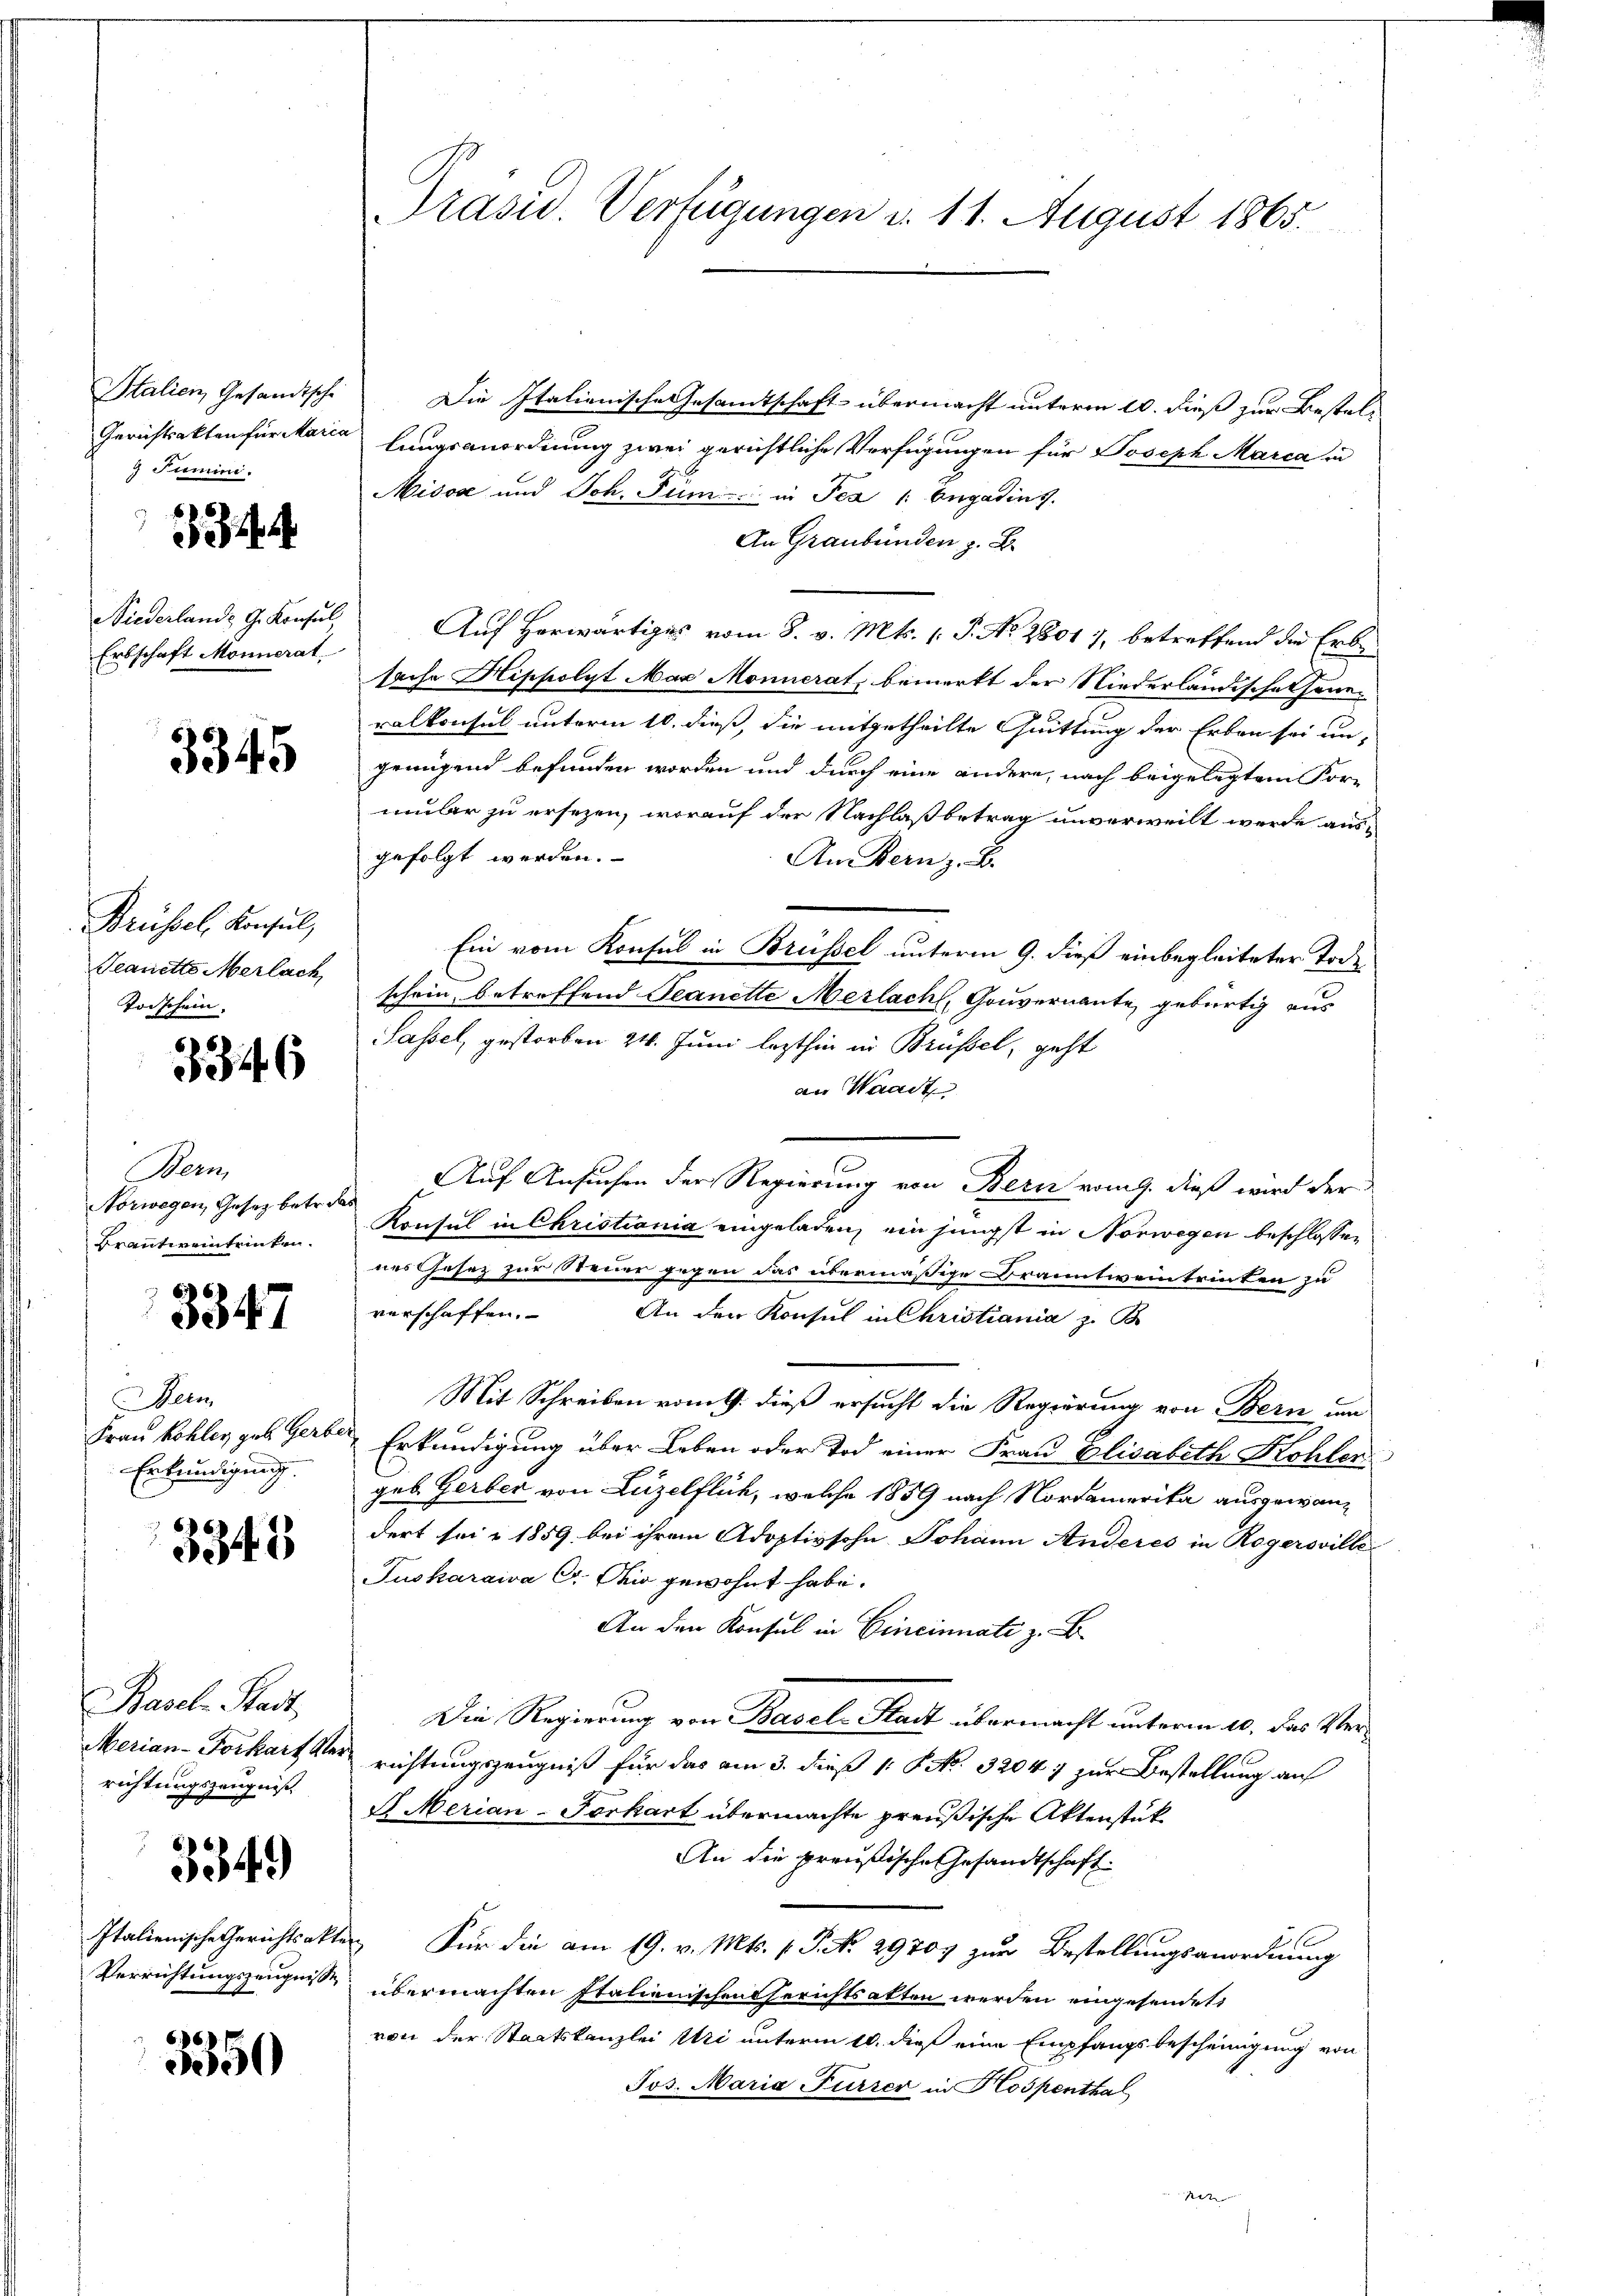
Italien, Gesandtsche
Gerichtsakten für Maria
g Pumin.

Niederlande G. Konsul
Erbschaft Monnerat.

3345

Brüssel, Konsul,
Teanette Merlach
Toischein.

3346

Bern,
Norwegen, Gesetz betret
Branntweintrinken.

3347

Nein
Frau Kohler geb. Gers
Erkundigung.

3343

Basel-Stadt
Merian-Forkart Verrichtungszeugniß

354)

Italienische Gerichtsakt
Verrichtungszeugnisse

3350

Präsid Verfügungen d. 11. August 1865.

Die Italienische Gesamtschaft übermacht unterm 10. dieß zur Bestellungsanordnung zwei gerichtliche Verfügungen für Joseph Marca in
Misos und Joh. Füm. in Tea /: Engadins.
An Graubünden z. B.
Auf Herwärtiges vom 8. v. Mts. (T. No. 28017, betreffend die Erbsache Hippolyt Mag Monnerat, bemerkt der Niederländischeheneralkonsul unterm 10. dieß, die mitgetheilte Quittung der Erben sei un-
genügend befunden worden und durch eine andere, nach beigelegtem For-
mmler zu ersezen, worauf der Nachlaßbetrag unverweilt werde ausgefolgt werden.
An Bern z. B.
Ein vom Konsul in Brüssel unterm 9. dieß einbegleiteter Tode
schein, betreffend Seanette Merlach, Gouvernante, gebürtig aus
Sassel, gestorben 24. Juni lezthin in Brüssel, geht
an Waadt
Auf Ansuchen der Regierung von Bern vom 9. dieß wird der
Konsul in Christiania eingeladen, ein jüngst in Norwegen beschlossen
nes Gesez zur Steuer gegen das übermäßige Branntweintrinken zu
verschaffen.
An den Konsul in Christiania z. B.
Mit Schreiben vom 9. dieß ersucht die Regierung von Bern un
Erkundigung über Leben oder Tod einer Frau Elisabeth Kohlen
geb. Gerber von Luzelflich, welche 1859 nach Nordamerika ausgewandert sei u. 1859 bei ihrem Adoptivsohn Johann Anderes in Rogersville
Tuskaraiva C. Die gewohnt habe.
An den Konsul in Cincinnate z. B.
Die Regierung von Basel-Stadt übermacht unterm 10. das Verrichtungszeugniß für das am 3. dieß 1. No. 32047 zur Bestellung auf
J. Merian-Forkart übermachte preußische Aktenstük
An die preußische Gesandtschaft.
1
 Für die am 19. v. Mts. v. P. No. 29707 zur Bestellungsanordnung
übermachten Italienischensgerichtsalten werden eingesendet,
von der Staatskanzlei Uri unterm 10. dieß eine Empfangsbescheinigung von
Jos. Maria Furrer in Hospenthal